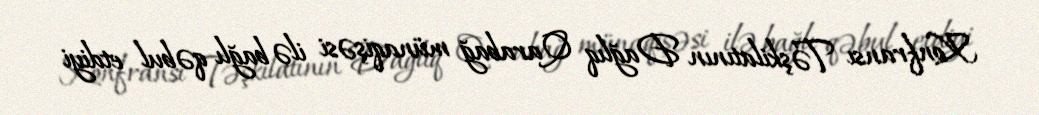
Konfransı Təşkilatının Dağlıq Qarabağ münaqişəsi ilə bağlı qəbul etdiyi